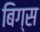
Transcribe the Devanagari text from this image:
बिग्स